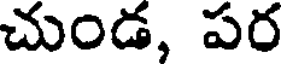
చుండ, పర